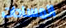
المساحات